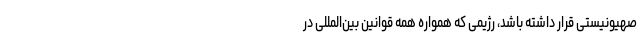
صهیونیستی قرار داشته باشد، رژیمی که همواره همه قوانین بین‌المللی در